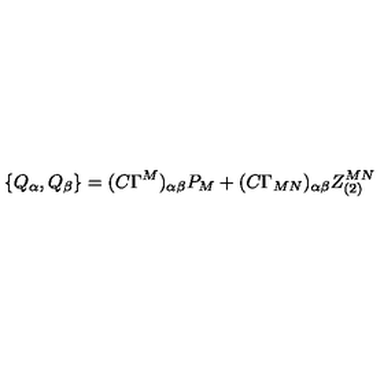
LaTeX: \{ Q _ { \alpha } , Q _ { \beta } \} = ( C \Gamma ^ { M } ) _ { \alpha \beta } P _ { M } + ( C \Gamma _ { M N } ) _ { \alpha \beta } Z _ { ( 2 ) } ^ { M N }